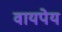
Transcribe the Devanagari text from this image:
वायपेय